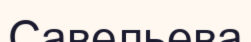
Савельева